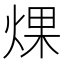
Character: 㷄